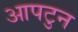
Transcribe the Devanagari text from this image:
आपटुन